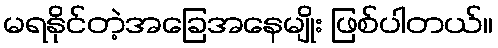
မရနိုင်တဲ့အခြေအနေမျိုး ဖြစ်ပါတယ်။